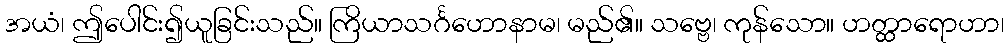
အယံ၊ ဤပေါင်း၍ယူခြင်းသည်။ ကြိယာသင်္ဂဟောနာမ၊ မည်၏။ သဗ္ဗေ၊ ကုန်သော။ ဟတ္ထာရောဟာ၊